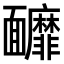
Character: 𩉚